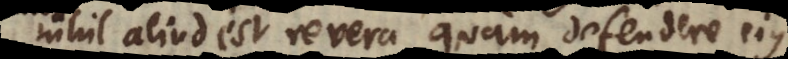
nihil aliud est revera, quam defendere ejus